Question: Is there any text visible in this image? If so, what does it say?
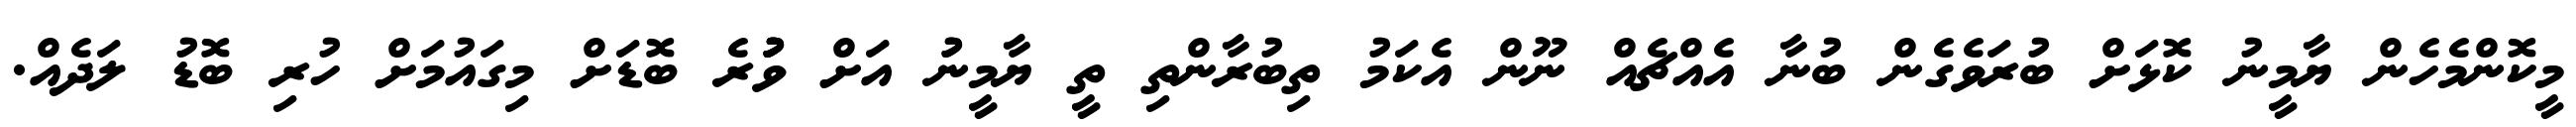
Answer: މީކޮންމެހެން ޔާމީނު ކޮޅަށް ބުރަވެގެން ބުނާ އެއްޗެއް ނޫން އެކަމު ތިބުރާންތި ތީ ޔާމީނުު އަށް ވުުުރެ ބޮޑަށް މިގައުމަށް ހުރި ބޮޑު ލަދެއް.